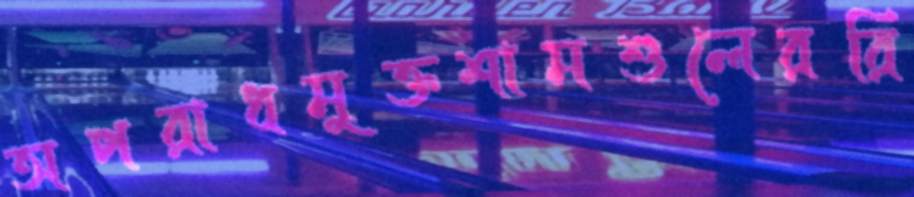
অপরাধমুক্তশামশুলেররি